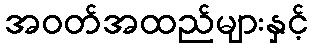
အဝတ်အထည်များနှင့်